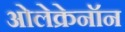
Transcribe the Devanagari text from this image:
ओलेक्रेनॉन